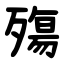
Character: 殤